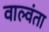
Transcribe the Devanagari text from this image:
वाल्वंता